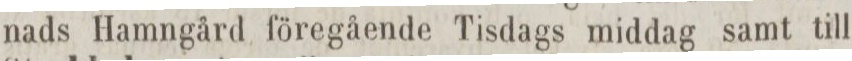
nads Hamngård föregående Tisdags middag samt till